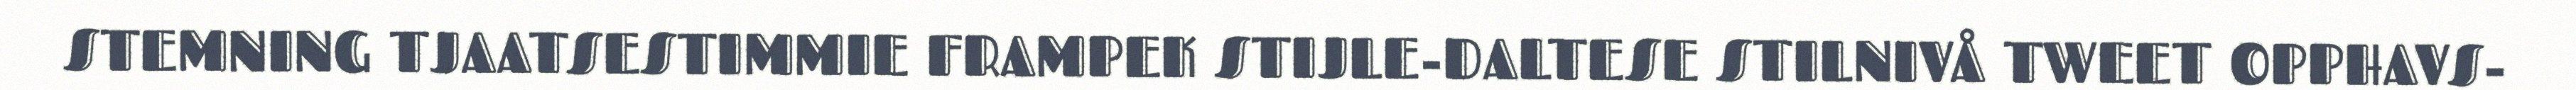
STEMNING TJAATSESTIMMIE FRAMPEK STIJLE-DALTESE STILNIVÅ TWEET OPPHAVS-